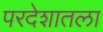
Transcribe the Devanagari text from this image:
परदेशातला